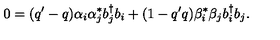
0 = ( q ^ { \prime } - q ) \alpha _ { i } \alpha _ { j } ^ { * } b _ { j } ^ { \dagger } b _ { i } + ( 1 - q ^ { \prime } q ) \beta _ { i } ^ { * } \beta _ { j } b _ { i } ^ { \dagger } b _ { j } .